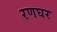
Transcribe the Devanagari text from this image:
रणघर